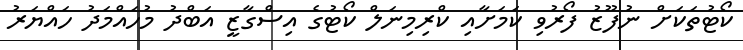
ކޯޓުތަކަށް ނުފޫޒު ފޯރުވި ކަމަށާއި ކްރިމިނަލް ކޯޓުގެ އިސްގާޒީ އަބްދު މުހައްމަދު ހައްޔަރު